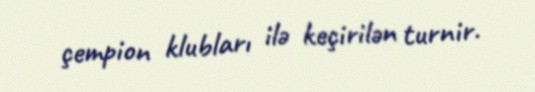
çempion klubları ilə keçirilən turnir.